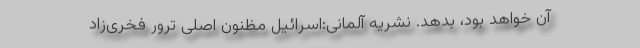
آن خواهد بود، بدهد. نشریه آلمانی:اسرائیل مظنون اصلی ترور فخری‌زاد